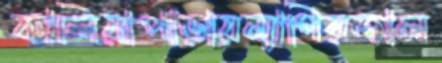
কালিয়াপাড়ায়ন্যাগিরজাল